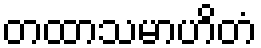
တထာသမာဟိတံ